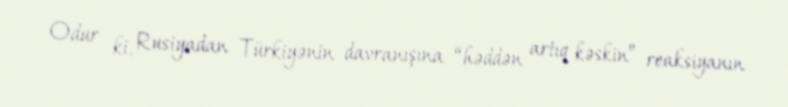
Odur ki, Rusiyadan Türkiyənin davranışına “həddən artıq kəskin” reaksiyanın